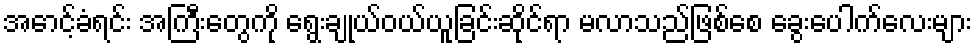
အောင့်ခံရင်း အကြီးတွေကို ရွေးချုယ်ဝယ်ယူခြင်းဆိုင်ရာ မလာသည်ဖြစ်စေ ခွေးပေါက်လေးများ